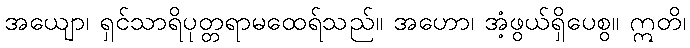
အယျော၊ ရှင်သာရိပုတ္တရာမထေရ်သည်။ အဟော၊ အံ့ဖွယ်ရှိပေစွ။ ဣတိ၊